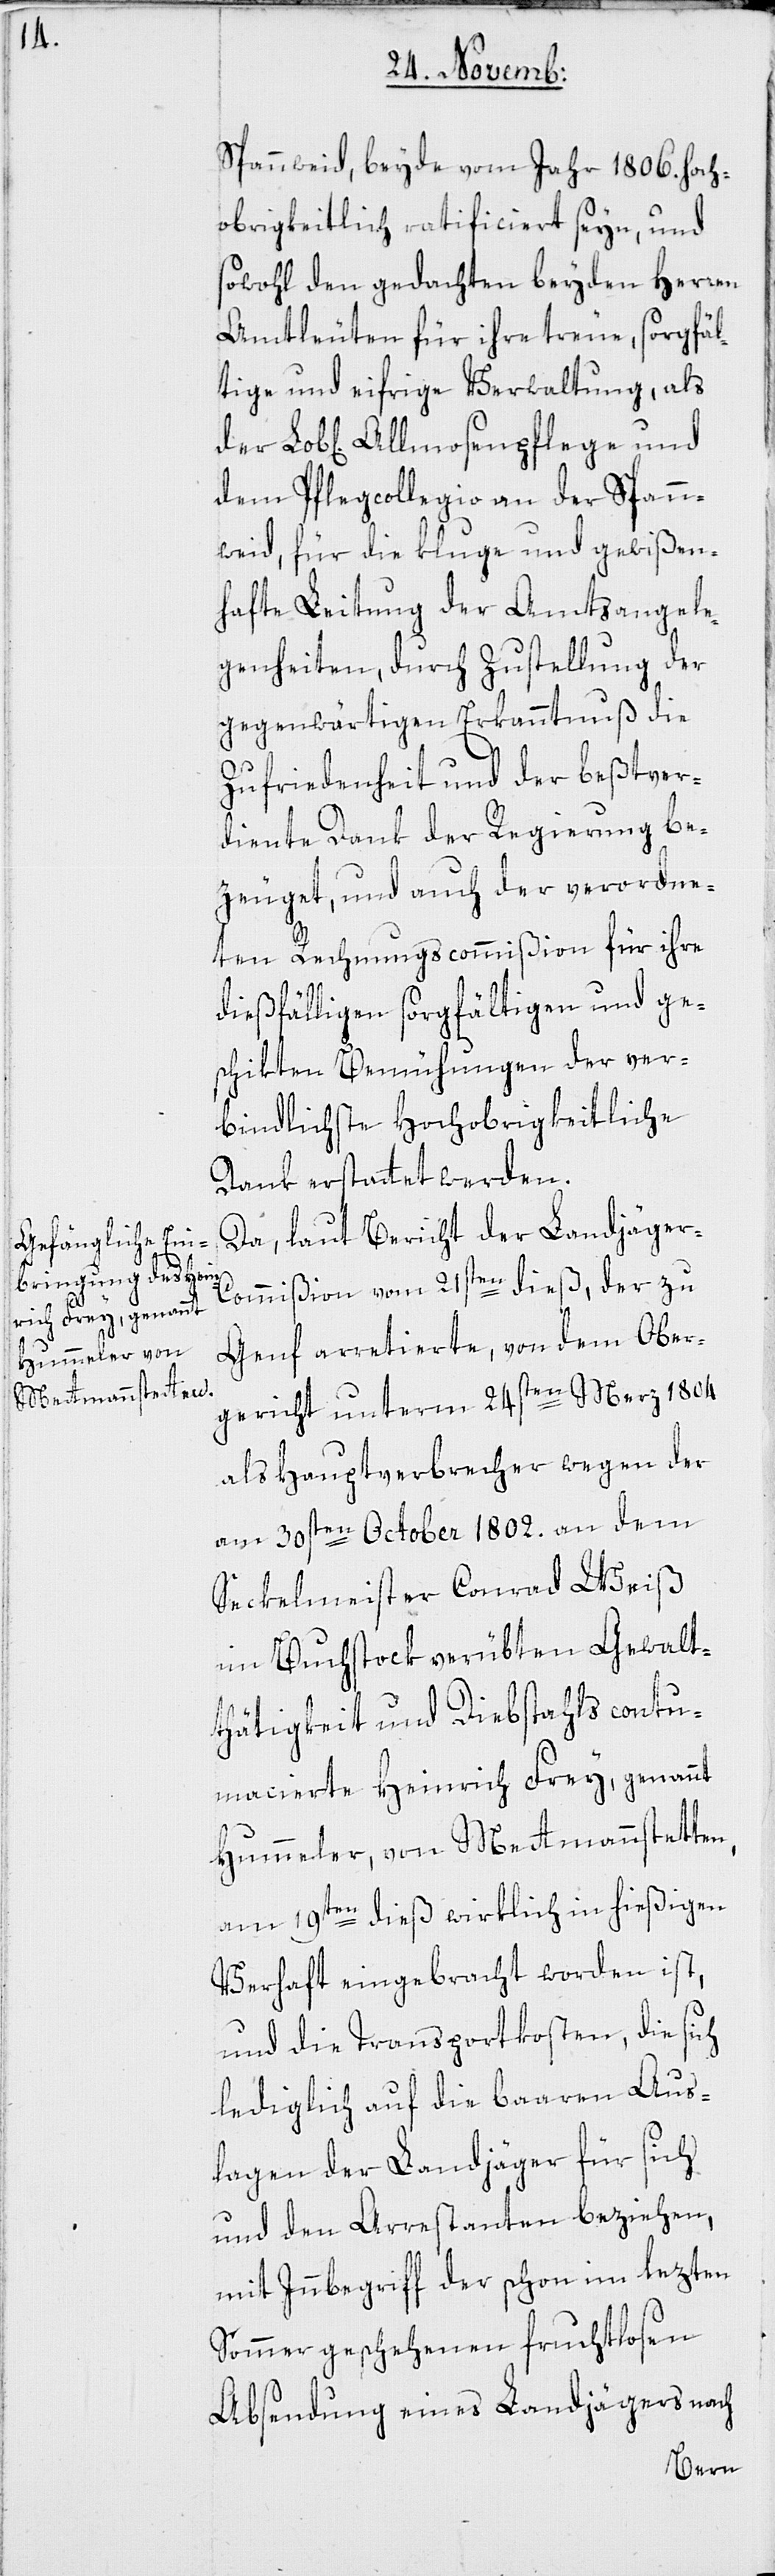
Spannweid, beyde vom Jahr 1806. hoch¬
obrigkeitlich ratificiert seyn, und
sowohl den gedachten beyden Herren
Amtleuten für ihre treue, sorgfäl¬
tige und eifrige Verwaltung, als
dem Pflegcollegio an der Spann¬
weid, für die kluge und gewißen¬
hafte Leitung der Amtsangele¬
genheiten, durch Zustellung der
gegenwärtigen Erkanntnuß die
Zufriedenheit und der beßtver¬
diente Dank der Regierung be¬
zeuget, und auch der verordne¬
ten Rechnungscommißion für ihre
dießfälligen sorgfältigen und ge¬
schikten Bemühungen der ver¬
bindlichste Hochobrigkeitliche
Dank erstattet werden.
Da laut Bericht der Landjäger-C¬
ommißion vom 21sten dieß, der zu
Genf arretierte, von dem Ober¬
gericht unterm 24sten Merz 1804
als Hauptverbrecher wegen der
am 30sten October 1802. an dem
Seckelmeister Conrad Weiß
im Buchstock verübten Gewalt¬
thätigkeit und Diebstahls contu¬
macierte Heinrich Frey, genannt
Hummeler von Mettmannstetten,
am 19ten dieß wirklich in hießigen
Verhaft eingebracht worden ist,
und die Transportkosten, die sich
lediglich auf die baaren Aus¬
lagen der Landjäger für sich
und den Arrestanten beziehen,
mit Innbegriff der schon im lezten
Sommer geschehenen fruchtlosen
Absendung eines Landjägers nach